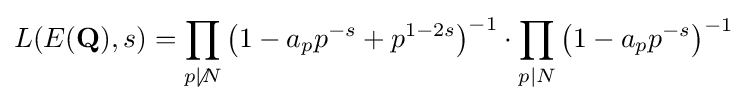
L(E(\mathbf {Q} ),s)=\prod _{p\not \mid N}\left(1-a_{p}p^{-s}+p^{1-2s}\right)^{-1}\cdot \prod _{p\mid N}\left(1-a_{p}p^{-s}\right)^{-1}